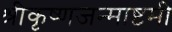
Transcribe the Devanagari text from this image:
श्रीकृष्णजन्माष्टमी